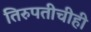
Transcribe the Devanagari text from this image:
तिरुपतीचीही